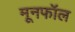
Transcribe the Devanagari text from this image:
मूनफॉल